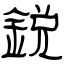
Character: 鋭